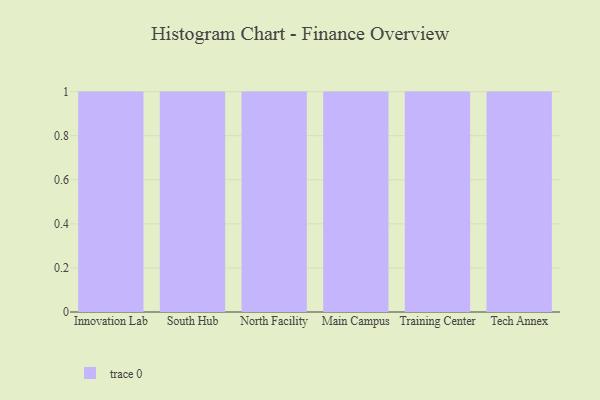
{"axis": {"x": "Campus", "y": "Satisfaction Score"}, "legend": [""], "data": [{"x": "Innovation Lab", "y": 30, "type": ""}, {"x": "South Hub", "y": 79, "type": ""}, {"x": "North Facility", "y": 38, "type": ""}, {"x": "Main Campus", "y": 84, "type": ""}, {"x": "Training Center", "y": 85, "type": ""}, {"x": "Tech Annex", "y": 45, "type": ""}]}